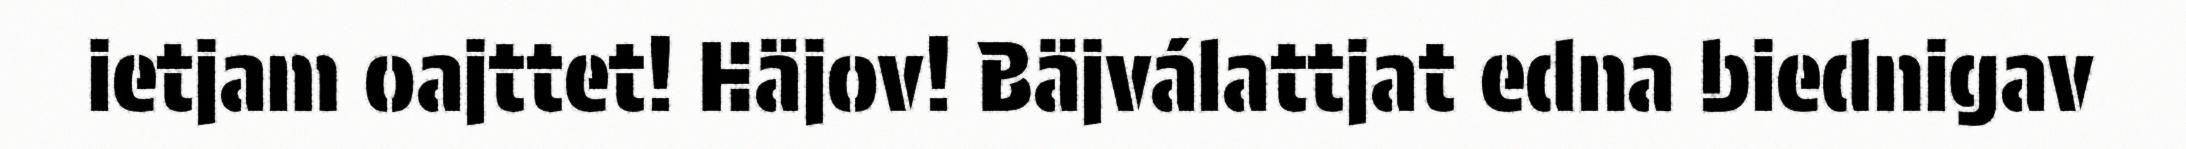
ietjam oajttet! Häjov! Bäjválattjat edna biednigav